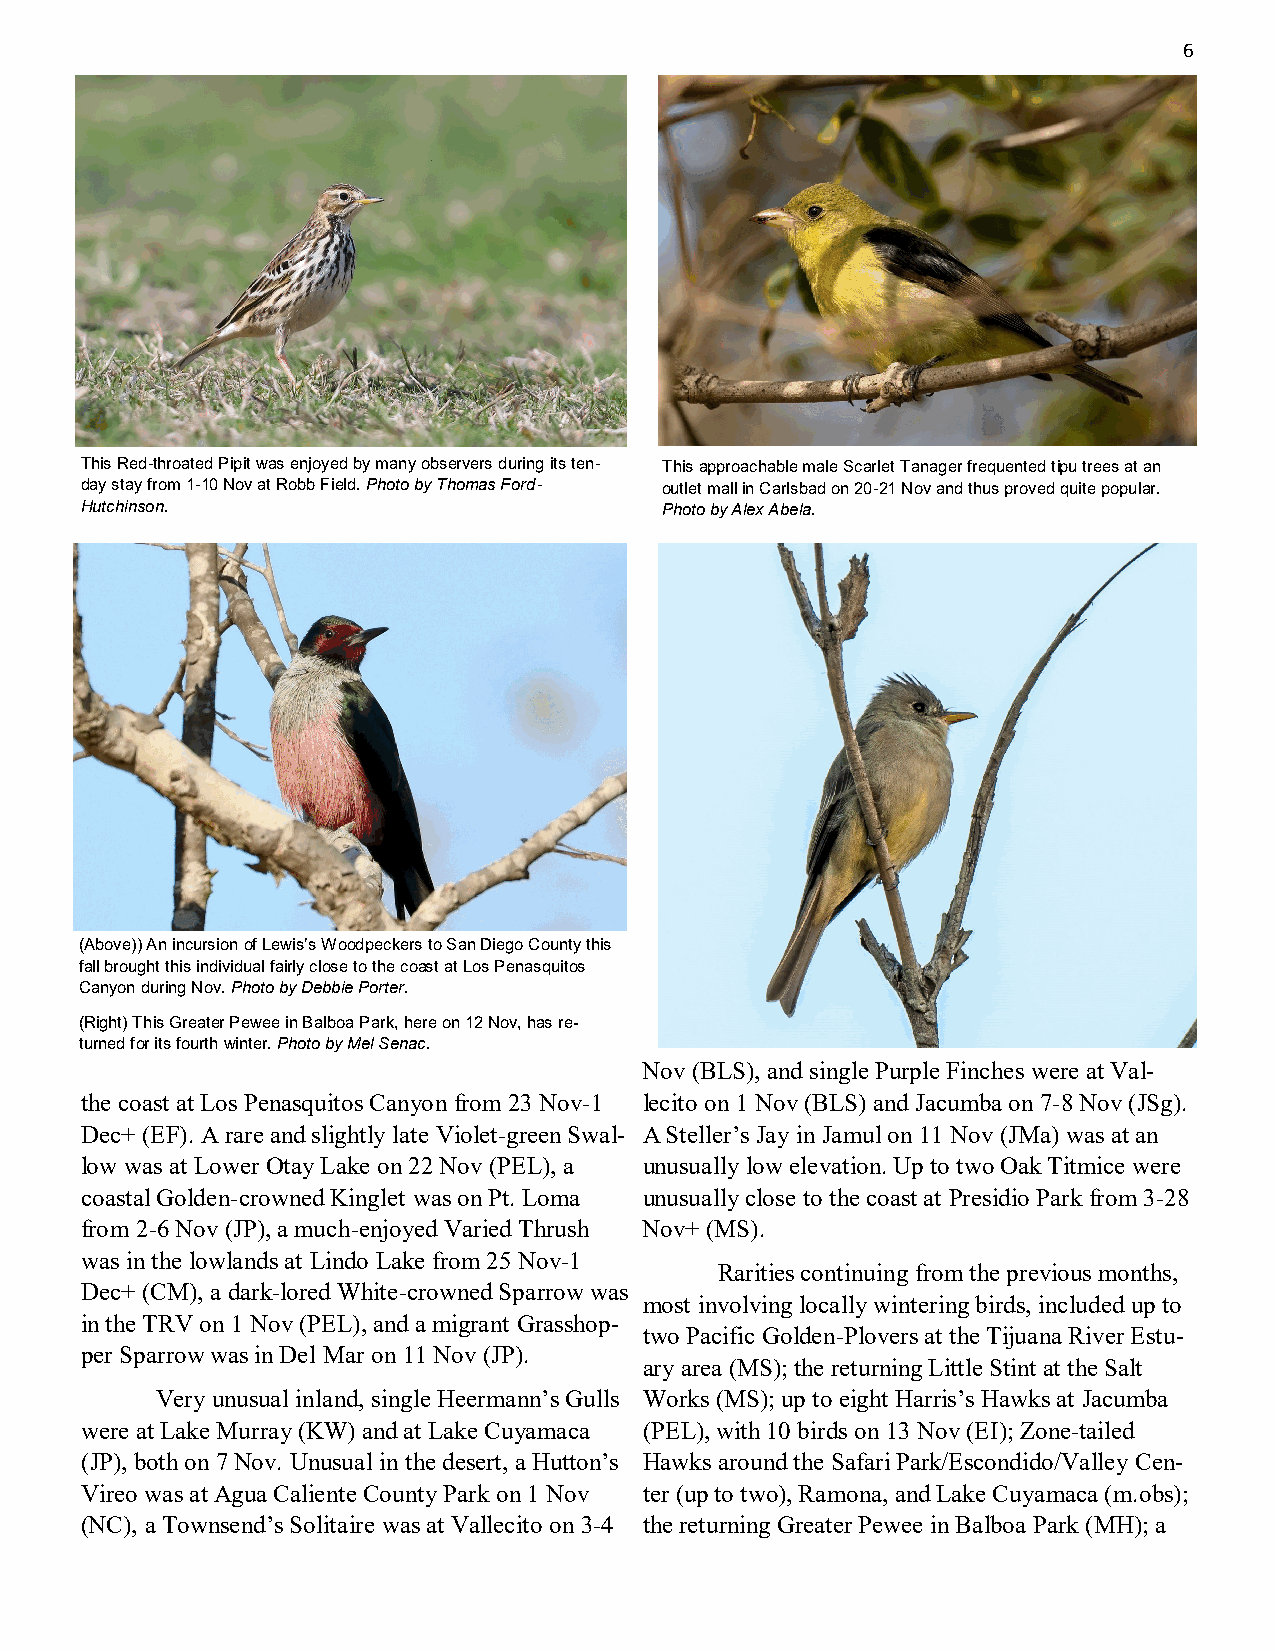
6
 This Red-throated Pipit was enjoyed by many observers during its ten- This approachable male Scarlet Tanager frequented tipu trees at an
 day stay from 1-10 Nov at Robb Field. Photo by Thomas Ford- outlet mall in Carlsbad on 20-21 Nov and thus proved quite popular.
 Hutchinson.                            Photo by Alex Abela.
 (Above)) An incursion of Lewis’s Woodpeckers to San Diego County this
 fall brought this individual fairly close to the coast at Los Penasquitos
 Canyon during Nov. Photo by Debbie Porter.
 (Right) This Greater Pewee in Balboa Park, here on 12 Nov, has re-
 turned for its fourth winter. Photo by Mel Senac.
 Nov (BLS), and single Purple Finches were at Val-
 the coast at Los Penasquitos Canyon from 23 Nov-1 lecito on 1 Nov (BLS) and Jacumba on 7-8 Nov (JSg).
 Dec+ (EF). A rare and slightly late Violet-green Swal- A Steller’s Jay in Jamul on 11 Nov (JMa) was at an
 low was at Lower Otay Lake on 22 Nov (PEL), a unusually low elevation. Up to two Oak Titmice were
 coastal Golden-crowned Kinglet was on Pt. Loma unusually close to the coast at Presidio Park from 3-28
 from 2-6 Nov (JP), a much-enjoyed Varied Thrush Nov+ (MS).
 was in the lowlands at Lindo Lake from 25 Nov-1
 Rarities continuing from the previous months,
 Dec+ (CM), a dark-lored White-crowned Sparrow was
 most involving locally wintering birds, included up to
 in the TRV on 1 Nov (PEL), and a migrant Grasshop-
 two Pacific Golden-Plovers at the Tijuana River Estu-
 per Sparrow was in Del Mar on 11 Nov (JP).
 ary area (MS); the returning Little Stint at the Salt
 Very unusual inland, single Heermann’s Gulls Works (MS); up to eight Harris’s Hawks at Jacumba
 were at Lake Murray (KW) and at Lake Cuyamaca (PEL), with 10 birds on 13 Nov (EI); Zone-tailed
 (JP), both on 7 Nov. Unusual in the desert, a Hutton’s Hawks around the Safari Park/Escondido/Valley Cen-
 Vireo was at Agua Caliente County Park on 1 Nov ter (up to two), Ramona, and Lake Cuyamaca (m.obs);
 (NC), a Townsend’s Solitaire was at Vallecito on 3-4 the returning Greater Pewee in Balboa Park (MH); a